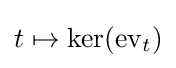
t\mapsto \operatorname {ker} (\operatorname {ev} _{t})